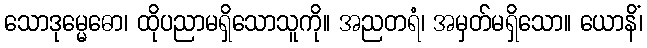
သောဒုမ္မေဓော၊ ထိုပညာမရှိသောသူကို။ အညတရံ၊ အမှတ်မရှိသော။ ယောနိံ၊